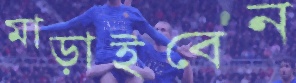
মাড়াইবেন